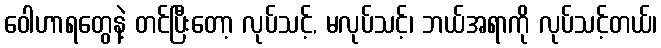
ဝေါဟာရတွေနဲ့ တင်ပြီးတော့ လုပ်သင့်, မလုပ်သင့်၊ ဘယ်အရာကို လုပ်သင့်တယ်၊